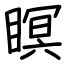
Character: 瞑